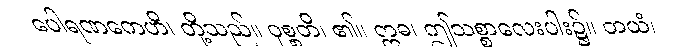
ပေါရဏကေဟိ၊ တို့သည်။ ဝုစ္စတိ၊ ၏။ ဣဓ၊ ဤသစ္စာလေးပါး၌။ တယံ၊